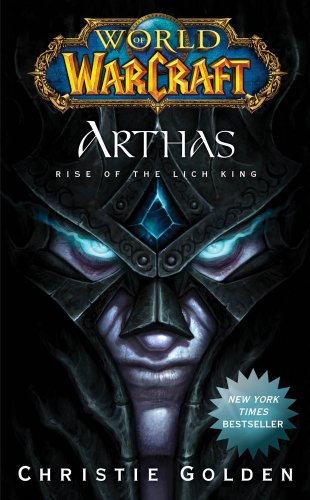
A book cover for World of Warcraft: Arthas: Rise of the Lich King (World of Warcraft (Pocket Star)); Christie Golden; Science Fiction & Fantasy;